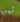
ثمن